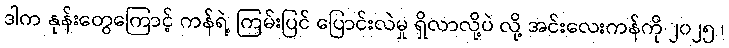
ဒါက နုန်းတွေကြောင့် ကန်ရဲ့ ကြမ်းပြင် ပြောင်းလဲမှု ရှိလာလို့ပဲ လို့ အင်းလေးကန်ကို ၂၀၂၅ ၊